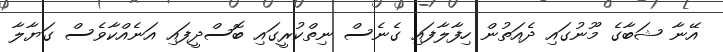
އޭނާ ޝަބާގެ މޫނުގައި ދެއަތުން ހިފާލާފައި ގެނެސް ނިތްކުރީގައި ބޮސްދީފައި އަނެއްކާވެސް ގަޔާލާ